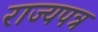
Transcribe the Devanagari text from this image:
राज्यपत्र